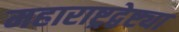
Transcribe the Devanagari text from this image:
महाराष्ट्रद्वेष्ट्या